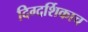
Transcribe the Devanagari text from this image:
दिग्दर्शिकाच